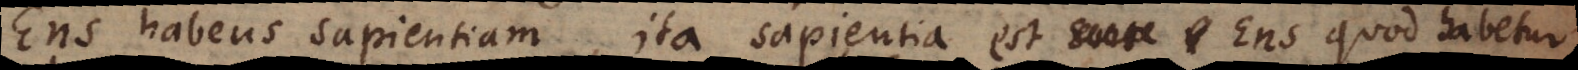
Ens habens sapientiam, ita sapientia est Ens quod habetur